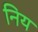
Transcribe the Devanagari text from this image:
निय